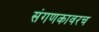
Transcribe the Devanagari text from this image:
संगणकावरच